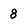
Character: 8